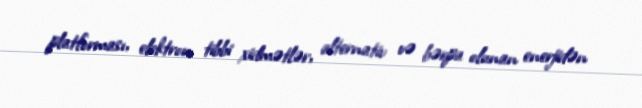
platforması, elektron tibbi xidmətlər, alternativ və bərpa olunan enerjidən